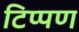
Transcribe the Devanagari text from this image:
टिप्‍पण